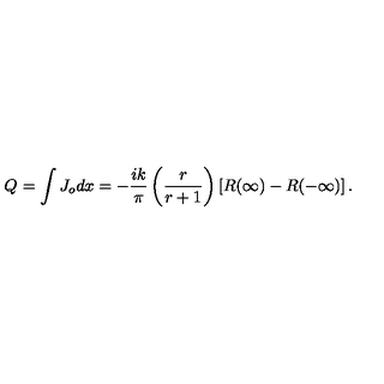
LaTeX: Q _ { } = \int J _ { o } d x = - \frac { i k } { \pi } \left( \frac { r } { r + 1 } \right) \left[ R ( \infty ) - R ( - \infty ) \right] .